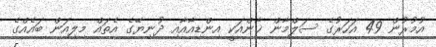
އުމުރުން 49 އަހަރުގެ ސަލްމާން ޚާންއަކީ އިންޑިއާއާއި ދުނިޔޭގެ އެތައް މިލިއަން ބައެއްގެ